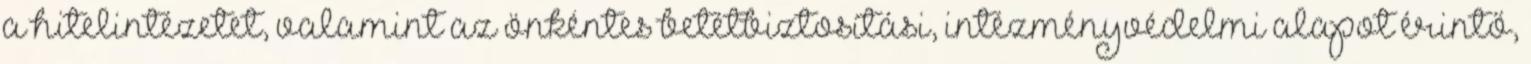
a hitelintézetet, valamint az önkéntes betétbiztosítási, intézményvédelmi alapot érintő,